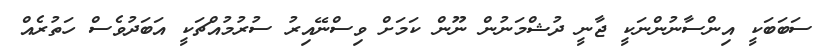
ސަބަބަކީ އިންސާނުންނަކީ ޖާނީ ދުޝްމަނުން ނޫން ކަމަށް ވިސްނޭއިރު ސުރުމުއްޗަކީ އަބަދުވެސް ހަތުރެއް